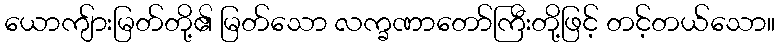
ယောကျ်ားမြတ်တို့၏ မြတ်သော လက္ခဏာတော်ကြီးတို့ဖြင့် တင့်တယ်သော။